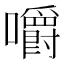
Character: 嚼